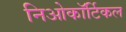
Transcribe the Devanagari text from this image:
निओकॉर्टिकल